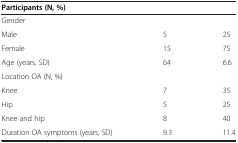
<table><thead><tr><td><b>Participants (N, %)</b></td><td><b> </b></td><td><b> </b></td></tr></thead><tbody><tr><td>Gender</td><td> </td><td> </td></tr><tr><td>Male</td><td>5</td><td>25</td></tr><tr><td>Female</td><td>15</td><td>75</td></tr><tr><td>Age (years, SD)</td><td>64</td><td>6.6</td></tr><tr><td>Location OA (N, %)</td><td> </td><td> </td></tr><tr><td>Knee</td><td>7</td><td>35</td></tr><tr><td>Hip</td><td>5</td><td>25</td></tr><tr><td>Knee and hip</td><td>8</td><td>40</td></tr><tr><td>Duration OA symptoms (years, SD)</td><td>9.3</td><td>11.4</td></tr></tbody></table>